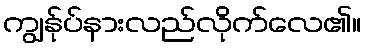
ကျွန်ုပ်နားလည်လိုက်လေ၏။